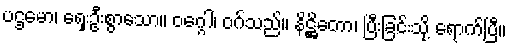
ပဌမော၊ ရှေးဦးစွာသော။ ဝဂ္ဂေါ၊ ဝဂ်သည်။ နိဋ္ဌိတော၊ ပြီးခြင်းသို့ ရောက်ပြီ။